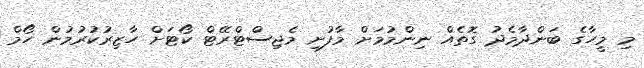
މި މީހާގެ ބަންދާމެދު ގޮތެއް ނިންމުމަށް މާފުށި މެޖިސްޓްރޭޓް ކޯޓަށް ހާޒިރުކުރުމުން ހޯމް